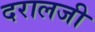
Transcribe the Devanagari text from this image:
दरालजी